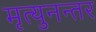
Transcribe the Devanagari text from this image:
मृत्युनन्तर